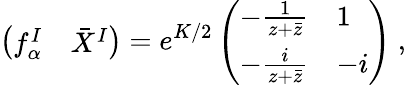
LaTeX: \left(\begin{array}{cc}{{f_{\alpha}^{I}}}&{{\bar{X}^{I}}}\end{array}\right)=e^{K/2}\left(\begin{array}{ll}{{-\frac{1}{z+\bar{z}}}}&{{1}}\\ {{-\frac{i}{z+\bar{z}}}}&{{-i}}\end{array}\right)\ ,